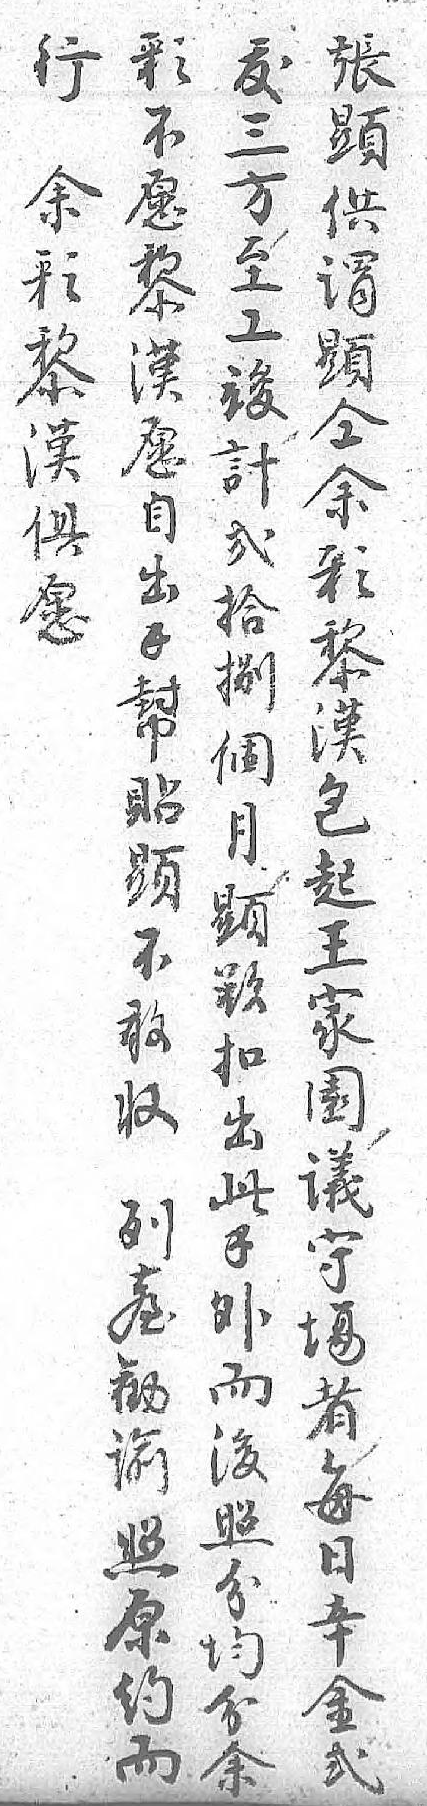
行彩張犮余不顯三彩愿供方黎黎谓至漢漢顯工俱愿仝竣愿自余計 出彩弍 錢黎拾 幇漢捌 貼包個 顯起月 不王顯 敢家欲 收園扣 列議出 𦤼守此 勧塲錢 谕者外 照每而 原日後 约辛照 而金分  弍均   分   余